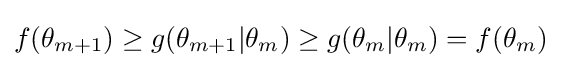
f(\theta _{m+1})\geq g(\theta _{m+1}|\theta _{m})\geq g(\theta _{m}|\theta _{m})=f(\theta _{m})